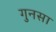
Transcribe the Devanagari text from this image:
गुनसा